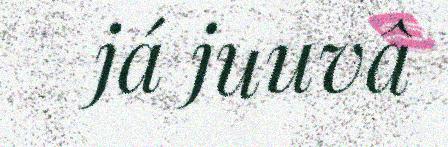
já juuvâ